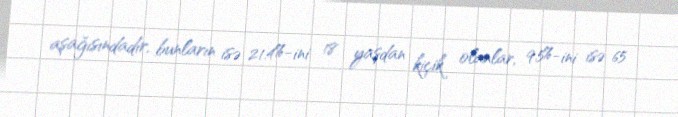
aşağısındadır, bunların isə 21.4%-ini 18 yaşdan kiçik olanlar, 9.5%-ini isə 65